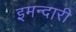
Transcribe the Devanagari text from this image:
इमन्दारी